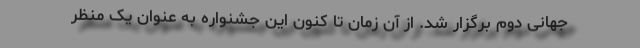
جهانی دوم برگزار شد. از آن زمان تا کنون این جشنواره به عنوان یک منظر